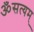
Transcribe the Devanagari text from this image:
ॐसत्यम्